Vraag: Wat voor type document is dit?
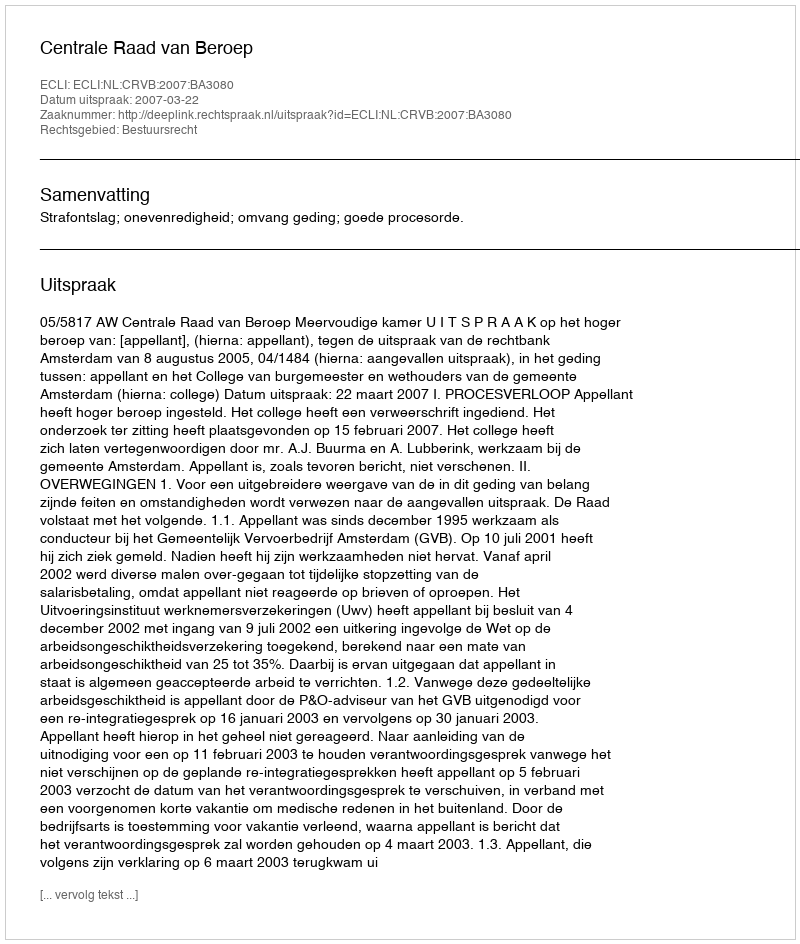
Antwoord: Uitspraak